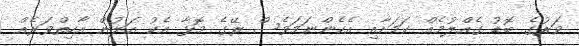
ވަރުގެ ބޮޑު ގެއްލުމެއް ކަމަށާއި އެހެންނަމަވެސް ރޭގެ މޮޅާ އެކު އަލުން އާހިތްވަރެއް